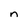
Character: n